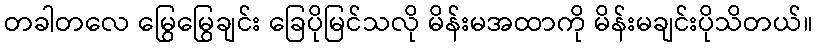
တခါတလေ မြွေမြွေချင်း ခြေပိုမြင်သလို မိန်းမအထာကို မိန်းမချင်းပိုသိတယ်။